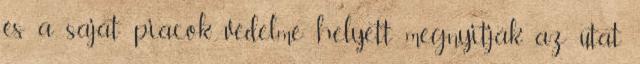
és a saját piacok védelme helyett megnyitják az utat